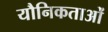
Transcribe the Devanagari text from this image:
यौनिकताओं